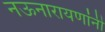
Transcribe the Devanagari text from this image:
नऊनारायणांनी